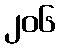
၂၀၆